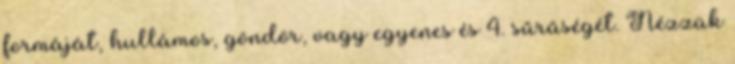
formáját, hullámos, göndör, vagy egyenes és 4. sűrűségét. Nézzük